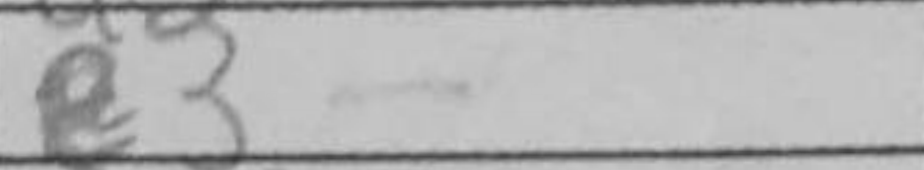
Transcription: e3